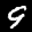
Digit: 9